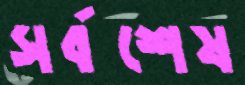
সর্বশেষ